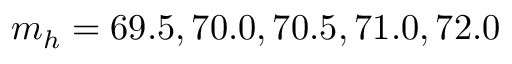
m _ { h } = 6 9 . 5 , 7 0 . 0 , 7 0 . 5 , 7 1 . 0 , 7 2 . 0